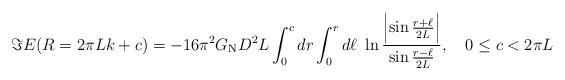
LaTeX: \begin{align*}\Im E(R=2\pi Lk+c)=-16\pi^2G_{\rm N}D^2L\int_0^c dr \int_0^r d\ell\ \ln{\Bigl|\sin{r+\ell\over 2L}\Bigr|\over \sin{r-\ell\over 2L}}, \quad0\le c<2\pi L\end{align*}